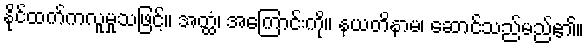
နိုင်ထက်ကလူမှုသဖြင့်။ အတ္ထံ၊ အကြောင်းကို။ နယတိနာမ၊ ဆောင်သည်မည်၏။